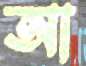
আ